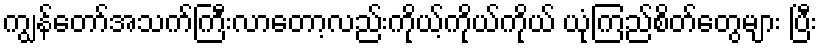
ကျွန်တော်အသက်ကြီးလာတော့လည်းကိုယ့်ကိုယ်ကိုယ် ယုံကြည်စိတ်တွေများ ပြီး